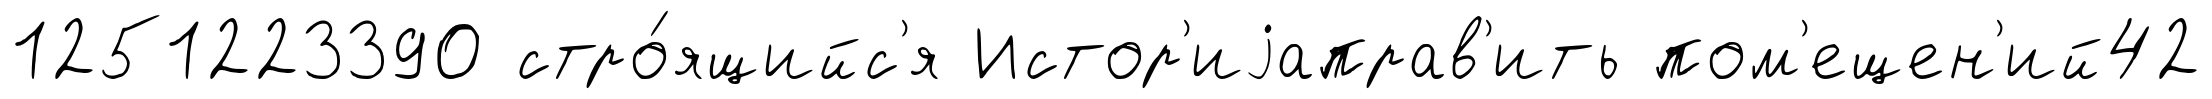
1251223390 стро́ящийс'я Истор'иjаправ'ить пом'ещен'ий42